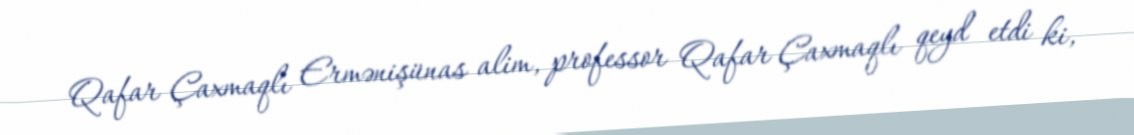
Qafar Çaxmaqlı Ermənişünas alim, professor Qafar Çaxmaqlı qeyd etdi ki,